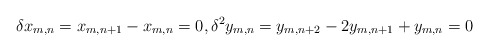
\begin{align*}\delta x_{m,n} = x_{m,n+1} - x_{m,n} = 0,\delta^2 y_{m,n} = y_{m,n+2}-2y_{m,n+1} + y_{m,n} = 0\end{align*}